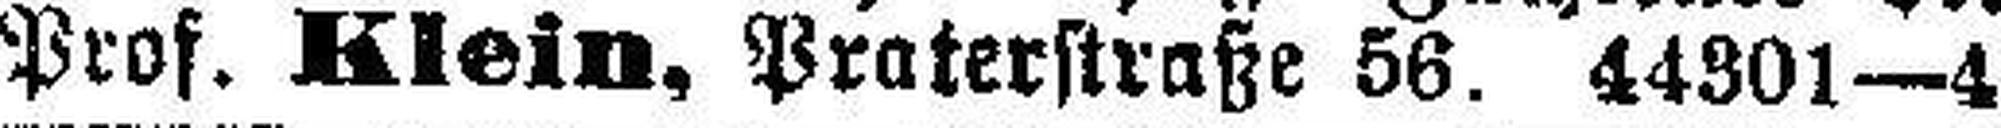
Prof. Klein, Praterstraße 56. 44301—4